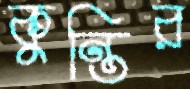
কুন্তির